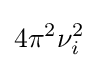
4{\pi }^{2}{\nu }_{i}^{2}